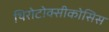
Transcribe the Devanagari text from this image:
थिरोटोक्सीकोसिस